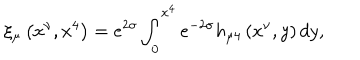
\xi _ { \mu } \left( x ^ { \nu } , x ^ { 4 } \right) = e ^ { 2 \sigma } \int _ { 0 } ^ { x ^ { 4 } } e ^ { - 2 \sigma } h _ { \mu 4 } \left( x ^ { \nu } , y \right) d y ,